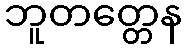
ဘူတတ္တေန